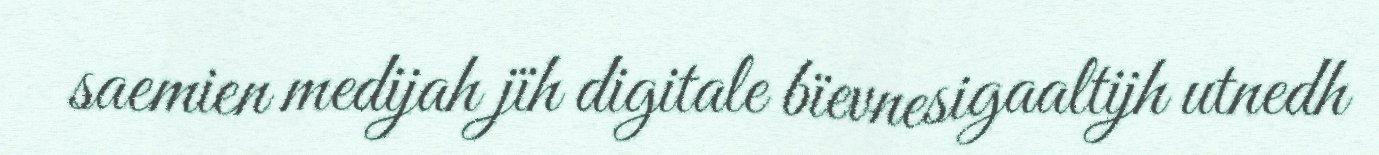
saemien medijah jïh digitale bïevnesigaaltijh utnedh